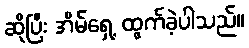
ဆိုပြီး အိမ်ရှေ့ ထွက်ခဲ့ပါသည်။